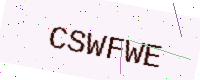
Text: CSWFWE